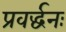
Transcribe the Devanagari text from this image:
प्रवर्द्धनः